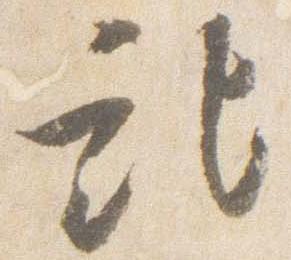
記